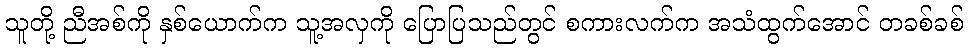
သူတို့ ညီအစ်ကို နှစ်ယောက်က သူ့အလှကို ပြောပြသည်တွင် စကားလက်က အသံထွက်အောင် တခစ်ခစ်